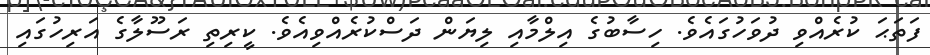
ފަތަޙަ ކުރެއްވި ދުވަހުގައެވެ. ހިސާބުގެ އިލްމާއި ލިޔަން ދަސްކުރެއްވިއެވެ. ކީރިތި ރަސޫލާގެ އަރިހުގައި